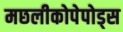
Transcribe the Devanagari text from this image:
मछलीकोपेपोड्स